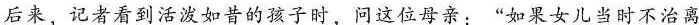
后来，记者看到活波如昔的孩子时，问这位母亲：”如果女儿当时不治离